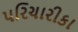
પરિચારીકા